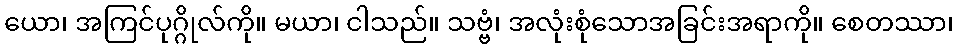
ယော၊ အကြင်ပုဂ္ဂိုလ်ကို။ မယာ၊ ငါသည်။ သဗ္ဗံ၊ အလုံးစုံသောအခြင်းအရာကို။ စေတဿာ၊